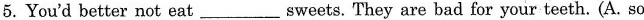
5.You'd better not eat___sweets. They are bad for your teeth.(A. so